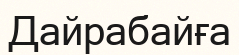
Дайрабайға